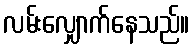
လမ်းလျှောက်နေသည်။